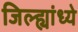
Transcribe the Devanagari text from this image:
जिल्ह्यांध्ये